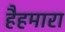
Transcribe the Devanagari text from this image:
हैहमारा